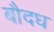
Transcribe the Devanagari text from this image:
बौदध